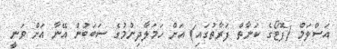
އަސްލަމް (ފޮޓޯގެ ކަނާތް ފަރާތުގައި) އަށް ހަމަލާދިނުމުގެ ސަބަބުން އޭނާ އަށް ވަނީ